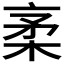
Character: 𰗭